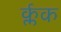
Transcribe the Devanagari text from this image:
र्क्लक